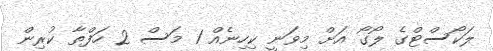
ލަކޯސްޓްގެ ލޯގޯ އަށް މިވަނީ ކިހިނެއް 1 މަސް 2 ހަފްތާ ކުރިން